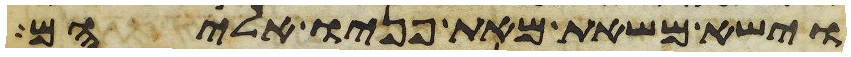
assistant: וישא משאת מאת פניו אליהם